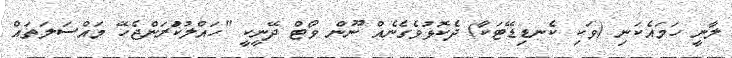
ލާނީ ހަމައެކަނި (ވަކި ކެނޑިޑޭޓަކާ) ދެކޮޅުވެގެނެއް ނޫން ވޯޓް ދޭނީކީ "ހައްލުކަުރަންޖެހޭ މައްސަލަތައް